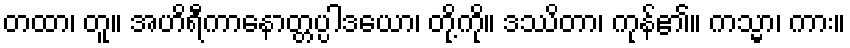
တထာ၊ တူ။ အဟိရီကာနောတ္တပ္ပါဒယော၊ တို့ကို။ ဒဿိတာ၊ ကုန်၏။ ကသ္မာ၊ ကား။